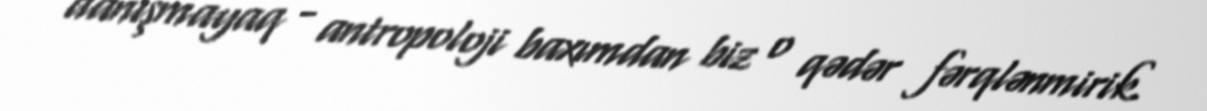
danışmayaq - antropoloji baxımdan biz o qədər fərqlənmirik.